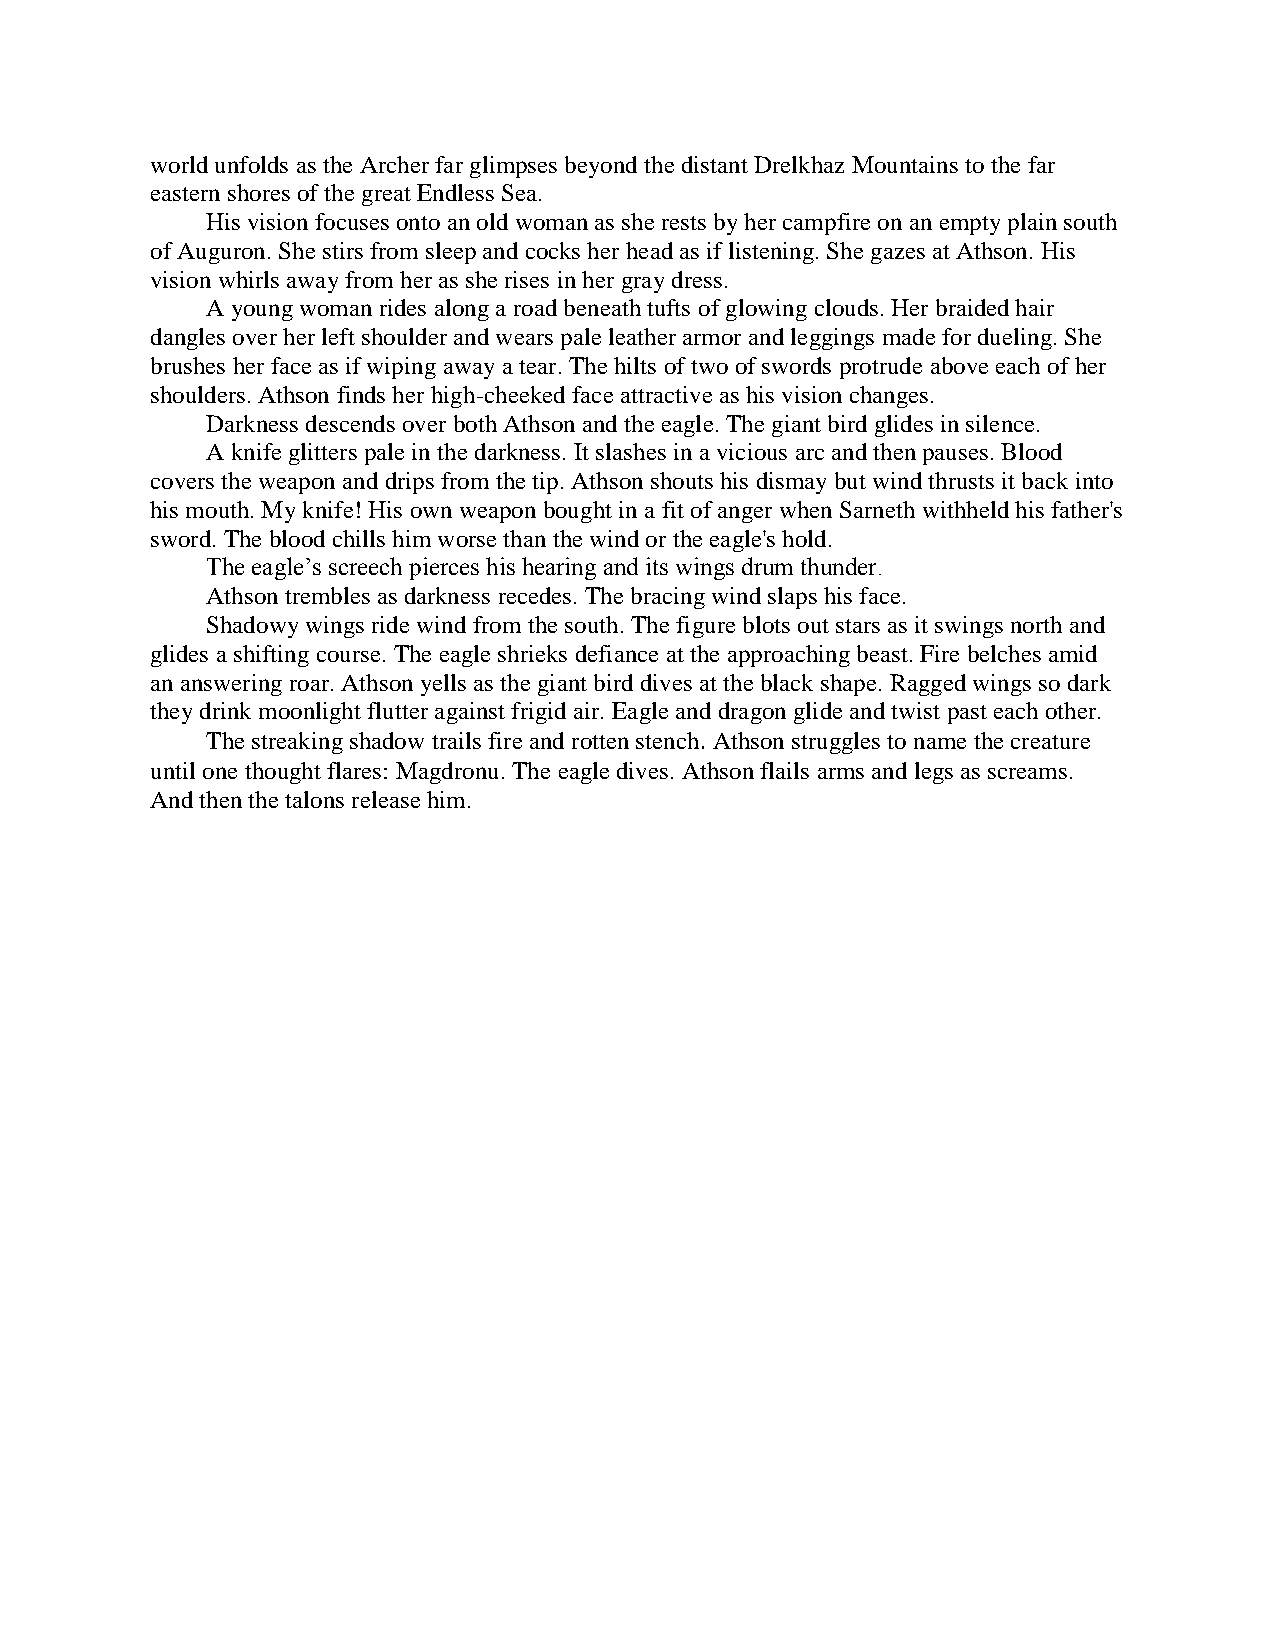
world unfolds as the Archer far glimpses beyond the distant Drelkhaz Mountains to the far
 eastern shores of the great Endless Sea.
 His vision focuses onto an old woman as she rests by her campfire on an empty plain south
 of Auguron. She stirs from sleep and cocks her head as if listening. She gazes at Athson. His
 vision whirls away from her as she rises in her gray dress.
 A young woman rides along a road beneath tufts of glowing clouds. Her braided hair
 dangles over her left shoulder and wears pale leather armor and leggings made for dueling. She
 brushes her face as if wiping away a tear. The hilts of two of swords protrude above each of her
 shoulders. Athson finds her high-cheeked face attractive as his vision changes.
 Darkness descends over both Athson and the eagle. The giant bird glides in silence.
 A knife glitters pale in the darkness. It slashes in a vicious arc and then pauses. Blood
 covers the weapon and drips from the tip. Athson shouts his dismay but wind thrusts it back into
 his mouth. My knife! His own weapon bought in a fit of anger when Sarneth withheld his father's
 sword. The blood chills him worse than the wind or the eagle's hold.
 The eagle’s screech pierces his hearing and its wings drum thunder.
 Athson trembles as darkness recedes. The bracing wind slaps his face.
 Shadowy wings ride wind from the south. The figure blots out stars as it swings north and
 glides a shifting course. The eagle shrieks defiance at the approaching beast. Fire belches amid
 an answering roar. Athson yells as the giant bird dives at the black shape. Ragged wings so dark
 they drink moonlight flutter against frigid air. Eagle and dragon glide and twist past each other.
 The streaking shadow trails fire and rotten stench. Athson struggles to name the creature
 until one thought flares: Magdronu. The eagle dives. Athson flails arms and legs as screams.
 And then the talons release him.